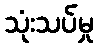
သုံးသပ်မှု